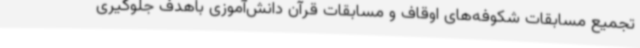
تجمیع مسابقات شکوفه‌های اوقاف و مسابقات قرآن دانش‌آموزی باهدف جلوگیری